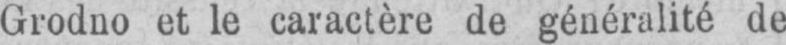
Grodno et le caractère de généralité de